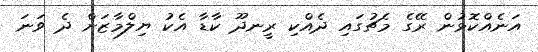
އަނެއްކޮޅުން ރޭގެ މެޗުގައި ދެއްކި ރީނދޫ ކާޑާ އެކު ޔިލްމާޒަށް ދެ ވަނަ